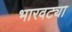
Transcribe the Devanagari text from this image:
भारवट्या